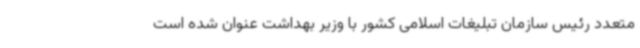
متعدد رئیس سازمان تبلیغات اسلامی کشور با وزیر بهداشت عنوان شده است